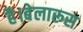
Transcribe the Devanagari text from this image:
है।बेलारूस